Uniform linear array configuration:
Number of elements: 12
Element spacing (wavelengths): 0.5
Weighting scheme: binomial
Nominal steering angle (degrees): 15
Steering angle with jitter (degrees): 14.779
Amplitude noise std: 0.05
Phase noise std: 0.05

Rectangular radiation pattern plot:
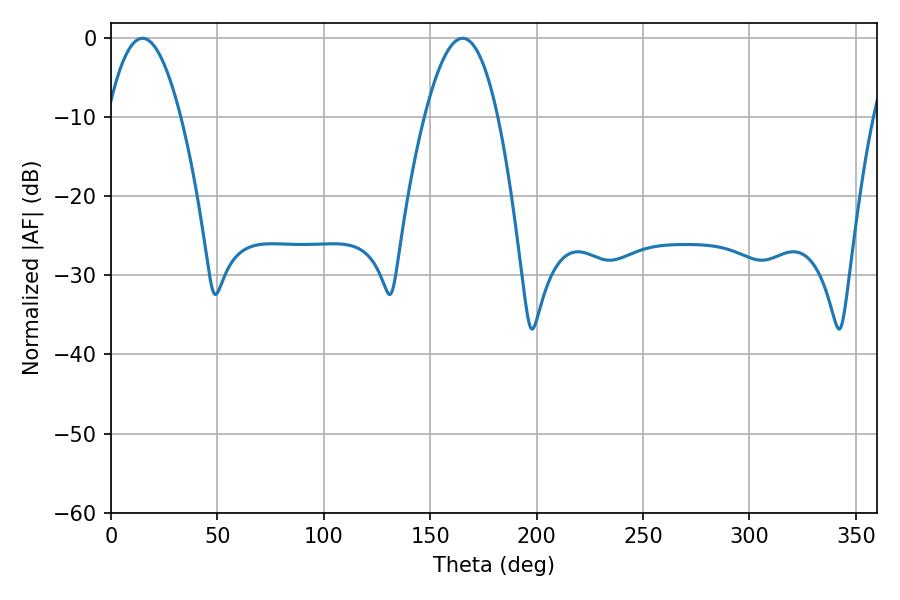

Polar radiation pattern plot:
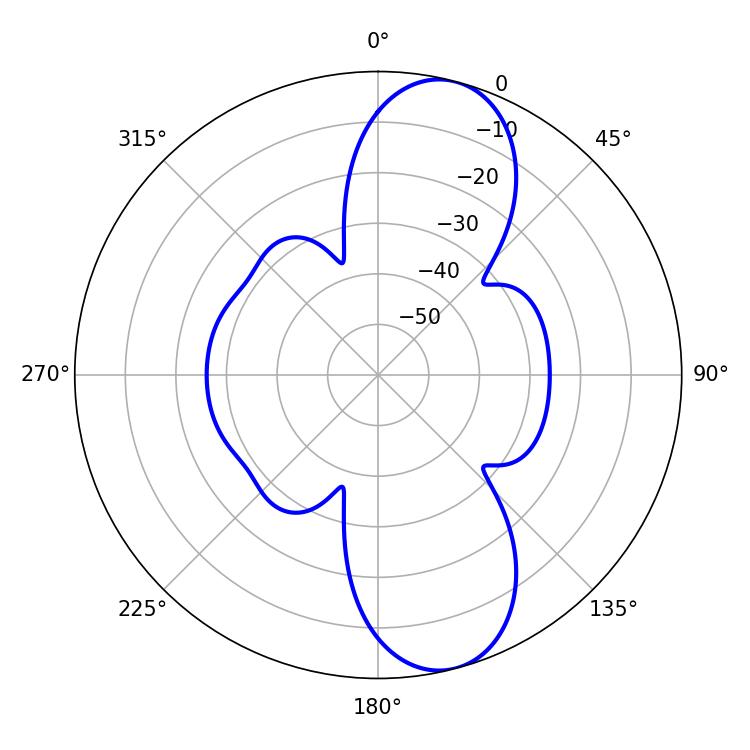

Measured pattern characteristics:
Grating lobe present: FALSE
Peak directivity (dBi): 10.385
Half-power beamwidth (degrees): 18.9
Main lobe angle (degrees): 14.76